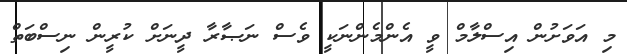
މި އަވަށުން އިސްލާމް ވީ އެންމެންނަކީ ވެސް ނަޞާރާ ދީނަށް ކުރީން ނިސްބަތް